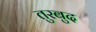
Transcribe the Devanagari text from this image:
तुरबुद